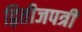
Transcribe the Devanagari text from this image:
द्वितीजपत्री